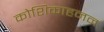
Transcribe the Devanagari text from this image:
कोशिकाहनन